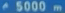
5000m